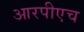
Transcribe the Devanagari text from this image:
आरपीएच